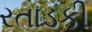
રતાડકી